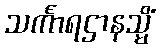
သင်္ကာရဌာနသ္မိံ